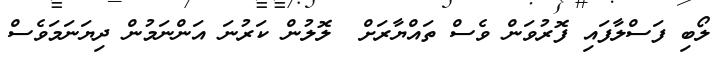
ލޯބި ފަސްލާފައި ފޮރުވަން ވެސް ތައްޔާރަށް  ލޮލުން ކަރުނަ އަންނަމުން ދިޔަނަމަވެސް